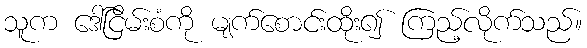
သူက ဒေါ်ငြိမ်းစံကို မျက်စောင်းထိုး၍ ကြည့်လိုက်သည်။